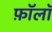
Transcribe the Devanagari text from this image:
फ़ॉलॉ